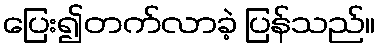
ပြေး၍တက်လာခဲ့ ပြန်သည်။